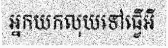
អ្នកយកលុយទៅធ្វើអី